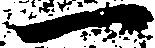
一